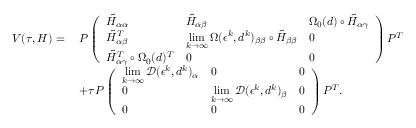
\begin{array} { r l } { V ( \tau , H ) = } & { \; P \left( \begin{array} { l l l } { \tilde { H } _ { \alpha \alpha } } & { \tilde { H } _ { \alpha \beta } } & { \Omega _ { 0 } ( d ) \circ \tilde { H } _ { \alpha \gamma } } \\ { \tilde { H } _ { \alpha \beta } ^ { T } } & { \displaystyle \operatorname* { l i m } _ { k \rightarrow \infty } \Omega ( \epsilon ^ { k } , d ^ { k } ) _ { \beta \beta } \circ \tilde { H } _ { \beta \beta } } & { 0 } \\ { \tilde { H } _ { \alpha \gamma } ^ { T } \circ \Omega _ { 0 } ( d ) ^ { T } } & { 0 } & { 0 } \end{array} \right) P ^ { T } } \\ & { \; + \tau P \left( \begin{array} { l l l } { \displaystyle \operatorname* { l i m } _ { k \rightarrow \infty } \mathcal { D } ( \epsilon ^ { k } , d ^ { k } ) _ { \alpha } } & { 0 } & { 0 } \\ { 0 } & { \displaystyle \operatorname* { l i m } _ { k \rightarrow \infty } \mathcal { D } ( \epsilon ^ { k } , d ^ { k } ) _ { \beta } } & { 0 } \\ { 0 } & { 0 } & { 0 } \end{array} \right) P ^ { T } . } \end{array}